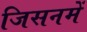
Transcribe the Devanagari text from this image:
जिसनमें